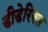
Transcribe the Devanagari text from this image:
डीडेरिक्स